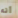
أنه